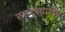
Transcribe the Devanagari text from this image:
तत्तद्स्थानीय